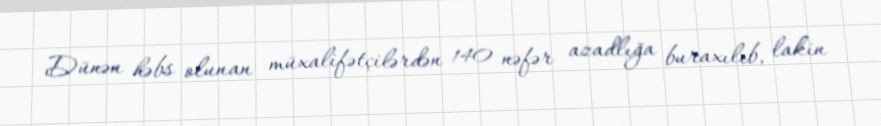
Dünən həbs olunan müxalifətçilərdən 140 nəfər azadlığa buraxılıb, lakin